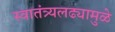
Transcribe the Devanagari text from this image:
स्वातंत्र्यलढ्यामुळे